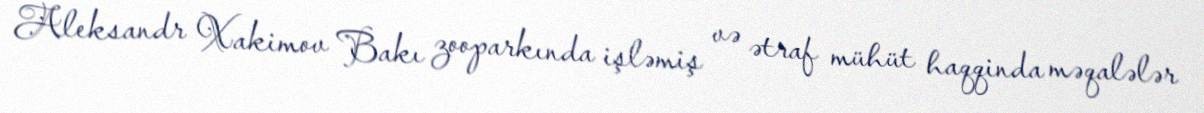
Aleksandr Xakimov Bakı zooparkında işləmiş və ətraf mühüt haqqinda məqalələr